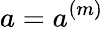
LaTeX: a=a^{(m)}